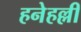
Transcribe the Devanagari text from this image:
हनेहल्ली